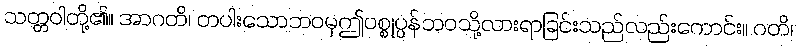
သတ္တဝါတို့၏။ အာဂတိ၊ တပါးသောဘဝမှဤပစ္စုပ္ပန်ဘဝသို့လားရာခြင်းသည်လည်းကောင်း။ ဂတိ၊